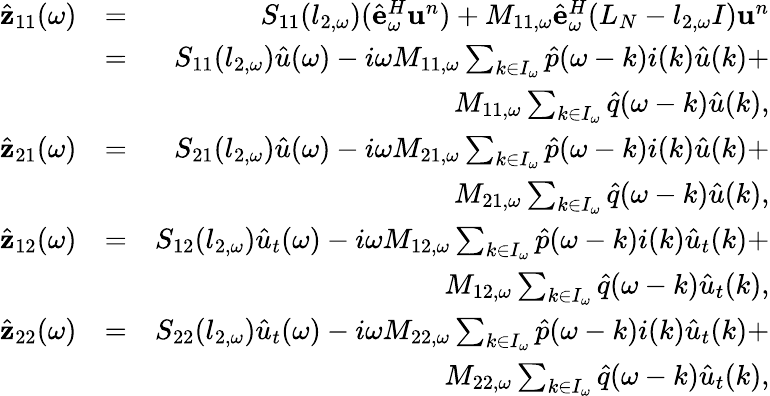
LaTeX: \begin{array}{rlr}{\hat{\mathbf z}_{11}(\omega)}&{=}&{S_{11}(l_{2,\omega})(\hat{\mathbf e}_{\omega}^{H}{\mathbf u}^{n})+M_{11,\omega}\hat{\mathbf e}_{\omega}^{H}(L_{N}-l_{2,\omega}I){\mathbf u}^{n}}\\ &{=}&{S_{11}(l_{2,\omega})\hat{u}(\omega)-i\omega M_{11,\omega}\sum_{k\in I_{\omega}}\hat{p}(\omega-k)i(k)\hat{u}(k)+}\\ &{}&{M_{11,\omega}\sum_{k\in I_{\omega}}\hat{q}(\omega-k)\hat{u}(k),}\\ {\hat{\mathbf z}_{21}(\omega)}&{=}&{S_{21}(l_{2,\omega})\hat{u}(\omega)-i\omega M_{21,\omega}\sum_{k\in I_{\omega}}\hat{p}(\omega-k)i(k)\hat{u}(k)+}\\ &{}&{M_{21,\omega}\sum_{k\in I_{\omega}}\hat{q}(\omega-k)\hat{u}(k),}\\ {\hat{\mathbf z}_{12}(\omega)}&{=}&{S_{12}(l_{2,\omega})\hat{u}_{t}(\omega)-i\omega M_{12,\omega}\sum_{k\in I_{\omega}}\hat{p}(\omega-k)i(k)\hat{u}_{t}(k)+}\\ &{}&{M_{12,\omega}\sum_{k\in I_{\omega}}\hat{q}(\omega-k)\hat{u}_{t}(k),}\\ {\hat{\mathbf z}_{22}(\omega)}&{=}&{S_{22}(l_{2,\omega})\hat{u}_{t}(\omega)-i\omega M_{22,\omega}\sum_{k\in I_{\omega}}\hat{p}(\omega-k)i(k)\hat{u}_{t}(k)+}\\ &{}&{M_{22,\omega}\sum_{k\in I_{\omega}}\hat{q}(\omega-k)\hat{u}_{t}(k),}\end{array}